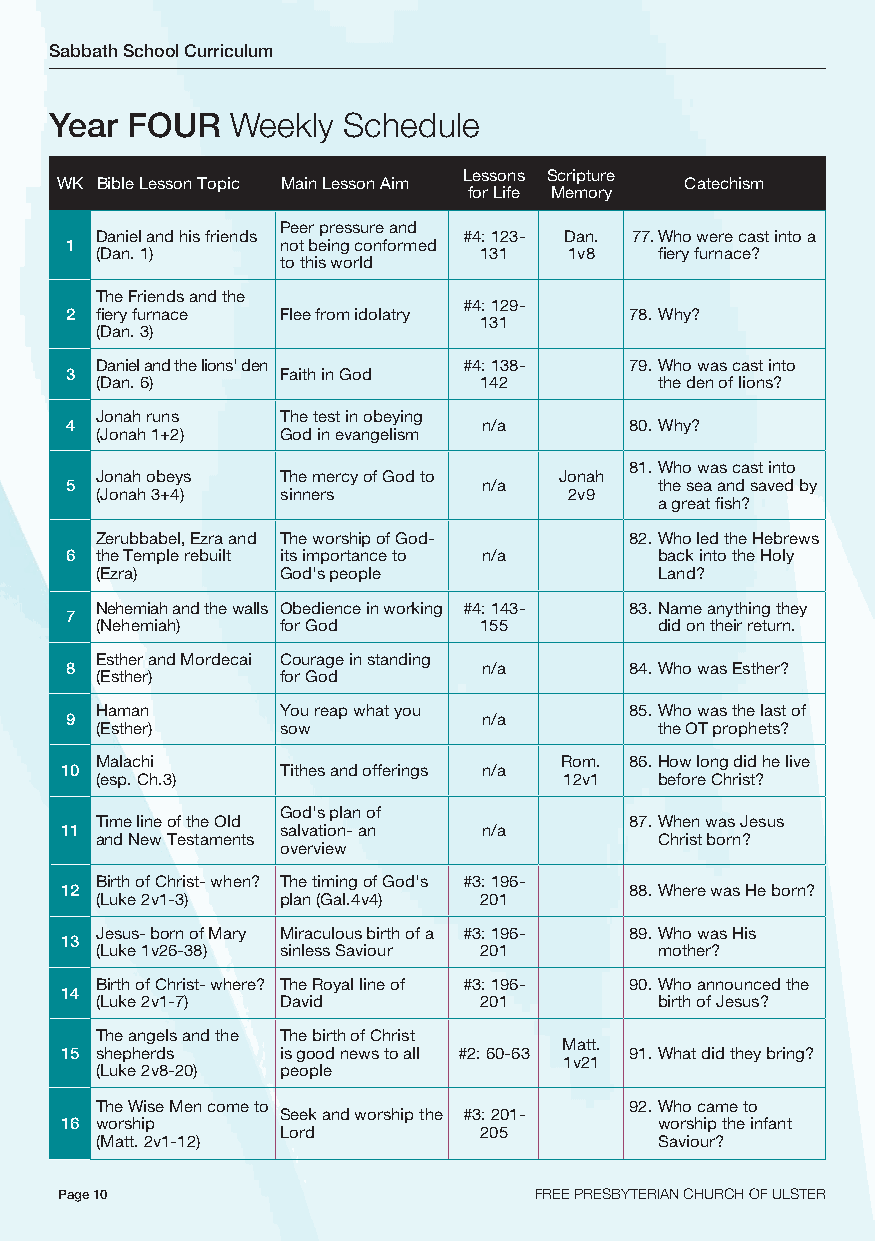
Sabbath School Curriculum
 Year FOUR   Weekly  Schedule
 Lessons Scripture
 WK Bible Lesson Topic Main Lesson Aim    Catechism
 for Life Memory
 Peer pressure and
 Daniel and his friends   #4: 123- Dan. 77. Who were cast into a
 1              not being conformed
 (Dan. 1)                  131   1v8   fiery furnace?
 to this world
 The Friends and the
 #4: 129-
 2 fiery furnace Flee from idolatry    78. Why?
 131
 (Dan. 3)
 Daniel and the lions' den #4: 138-  79. Who was cast into
 3              Faith in God
 (Dan. 6)                  142         the den of lions?
 Jonah runs   The test in obeying
 4                           n/a       80. Why?
 (Jonah 1+2)  God in evangelism
 81. Who was cast into
 Jonah obeys  The mercy of God to Jonah
 5                           n/a         the sea and saved by
 (Jonah 3+4)  sinners            2v9
 a great fish?
 Zerubbabel, Ezra and The worship of God- 82. Who led the Hebrews
 6 the Temple rebuilt its importance to n/a back into the Holy
 (Ezra)       God's people             Land?
 Nehemiah and the walls Obedience in working #4: 143- 83. Name anything they
 7
 (Nehemiah)   for God      155         did on their return.
 Esther and Mordecai Courage in standing
 8                           n/a       84. Who was Esther?
 (Esther)     for God
 Haman        You reap what you      85. Who was the last of
 9                           n/a
 (Esther)     sow                      the OT prophets?
 Malachi                        Rom. 86. How long did he live
 10             Tithes and offerings n/a
 (esp. Ch.3)                    12v1   before Christ?
 God's plan of
 Time line of the Old                87. When was Jesus
 11             salvation- an n/a
 and New Testaments                    Christ born?
 overview
 Birth of Christ- when? The timing of God's #3: 196-
 12                                    88. Where was He born?
 (Luke 2v1-3) plan (Gal.4v4) 201
 Jesus- born of Mary Miraculous birth of a #3: 196- 89. Who was His
 13
 (Luke 1v26-38) sinless Saviour 201    mother?
 Birth of Christ- where? The Royal line of #3: 196- 90. Who announced the
 14
 (Luke 2v1-7) David        201         birth of Jesus?
 The angels and the The birth of Christ
 Matt.
 15 shepherds   is good news to all #2: 60-63 91. What did they bring?
 1v21
 (Luke 2v8-20) people
 The Wise Men come to                92. Who came to
 Seek and worship the #3: 201-
 16 worship                              worship the infant
 Lord         205
 (Matt. 2v1-12)                        Saviour?
 Page 10                        FREE PRESBYTERIAN CHURCH OF ULSTER